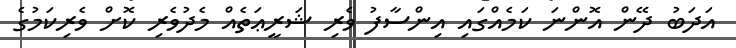
އަދަބު ދޭން އޮންނަ ކަމެއްގައި އިންސާފު ވެރި ޝަރީޢަތެއް މެދުވެރި ކޮށް ވެރިކަމުގެ